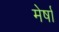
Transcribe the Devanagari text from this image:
मेर्षा